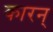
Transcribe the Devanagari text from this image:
कारन्